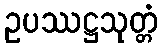
ဥပဿဋ္ဌသုတ္တံ